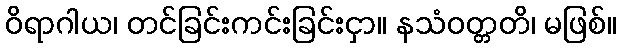
ဝိရာဂါယ၊ တင်ခြင်းကင်းခြင်းငှာ။ နသံဝတ္တတိ၊ မဖြစ်။